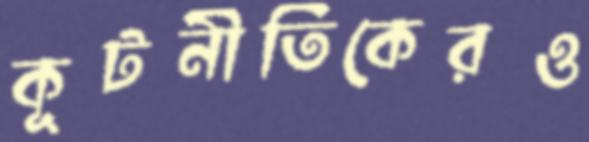
কূটনীতিকেরও